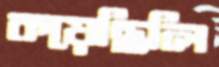
কয়েছিলি